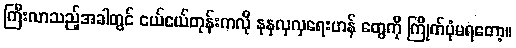
ကြီးလာသည့်အခါတွင် ငယ်ငယ်တုန်းကလို နုနုလှလှရေးဟန် တွေကို ကြိုက်ပုံမရတော့။